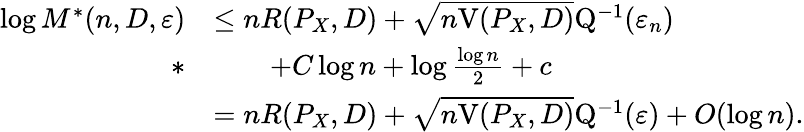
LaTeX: \begin{array}{rl}{\log M^{*}(n,D,\varepsilon)}&{\leq nR(P_{X},D)+\sqrt{n\mathrm{V}(P_{X},D)}\mathrm{Q}^{-1}(\varepsilon_{n})}\\ {*}&{\qquad+C\log n+\log\frac{\log n}{2}+c}\\ &{=nR(P_{X},D)+\sqrt{n\mathrm{V}(P_{X},D)}\mathrm{Q}^{-1}(\varepsilon)+O(\log n).}\end{array}